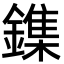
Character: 鏶